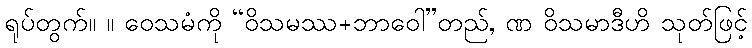
ရုပ်တွက်။ ။ ဝေသမံကို “ဝိသမဿ+ဘာဝေါ”တည်, ဏ ဝိသမာဒီဟိ သုတ်ဖြင့်